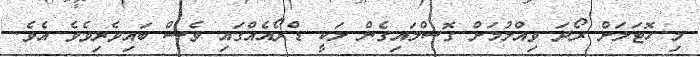
މި ހޮޓަލަށް ރޯދަ ވިއްލުމަށް ގޮސްލައިގެން ލަކީ ޑްރޯއެއްގައި ވެސް ބައިވެރިވެވެ އެވެ.